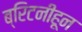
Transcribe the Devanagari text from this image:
ब्रिटनीहून